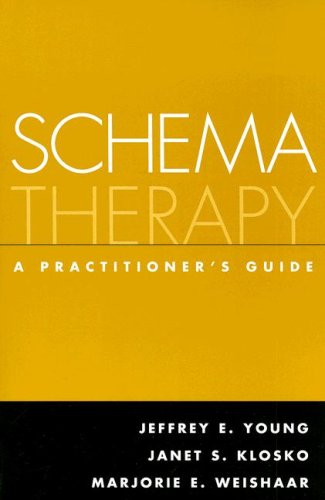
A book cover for Schema Therapy: A Practitioner's Guide; Jeffrey E. Young; Medical Books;